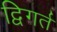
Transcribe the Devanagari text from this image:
द्विगर्त